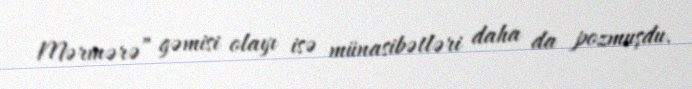
Mərmərə” gəmisi olayı isə münasibətləri daha da pozmuşdu.